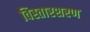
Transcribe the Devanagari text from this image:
विस्तारशरण